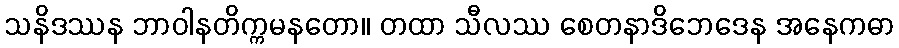
သနိဒဿန ဘာဝါနတိက္ကမနတော။ တထာ သီလဿ စေတနာဒိဘေဒေန အနေကဓာ